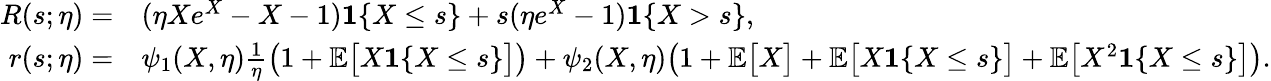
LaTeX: \begin{array}{rl}{R(s;\eta)=}&{(\eta Xe^{X}-X-1)\mathbf{1}\{ X\leq s\} +s(\eta e^{X}-1)\mathbf{1}\{ X>s\} ,}\\ {r(s;\eta)=}&{\psi_{1}(X,\eta)\frac{1}{\eta}\big(1+\mathbb{E}\big[X\mathbf{1}\{ X\leq s\} \big]\big)+\psi_{2}(X,\eta)\big(1+\mathbb{E}\big[X\big]+\mathbb{E}\big[X\mathbf{1}\{ X\leq s\} \big]+\mathbb{E}\big[X^{2}\mathbf{1}\{ X\leq s\} \big]\big).}\end{array}